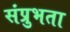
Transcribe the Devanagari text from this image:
संप्रुभता